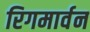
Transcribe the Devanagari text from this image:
रिगमार्वन